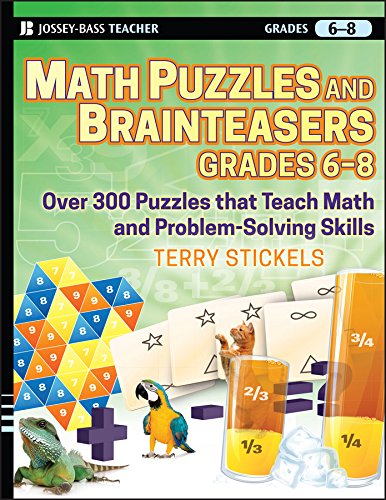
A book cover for Math Puzzles and Games, Grades 6-8: Over 300 Reproducible Puzzles that Teach Math and Problem Solving; Terry Stickels; Science & Math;